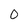
Character: 0